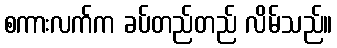
စကားလက်က ခပ်တည်တည် လိမ်သည်။